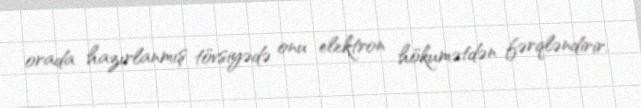
orada hazırlanmış tövsiyədə onu elektron hökumətdən fərqləndirir.